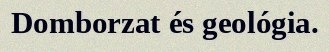
Domborzat és geológia.